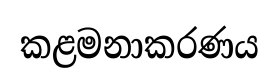
කළමනාකරණය